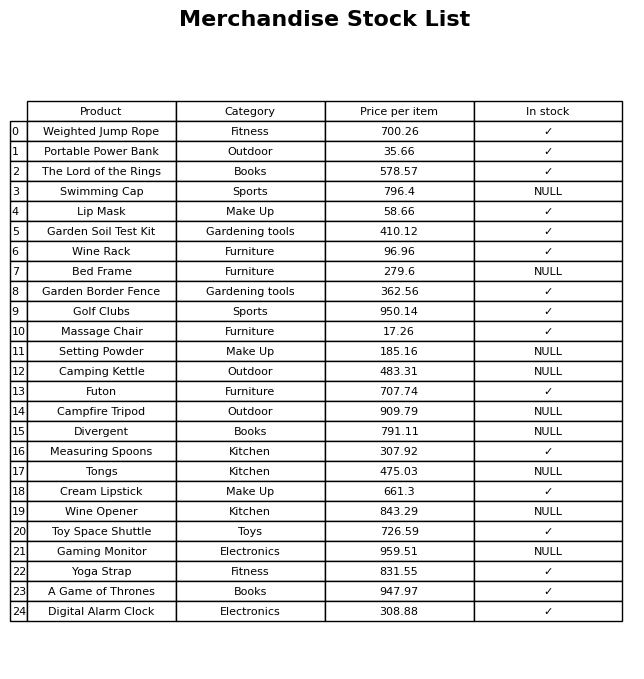
question: What is the price for Wine Opener?
answer: The price of Wine Opener is 843.29.